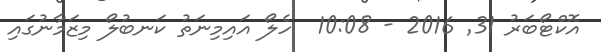
އޮކްޓޯބަރު 31